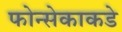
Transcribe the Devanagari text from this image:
फोन्सेकाकडे